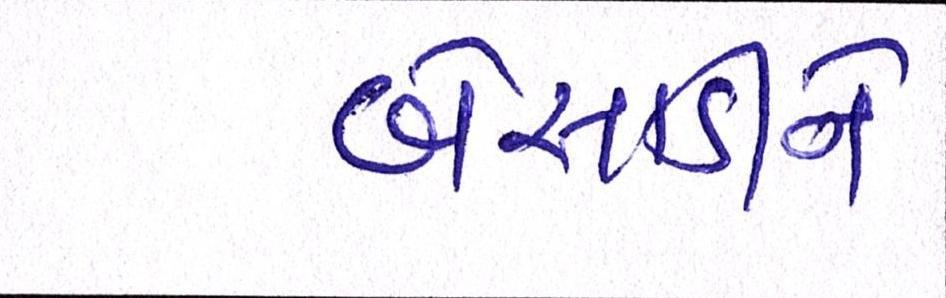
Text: બેસાડીને